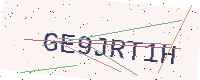
Text: GE9JRT1H